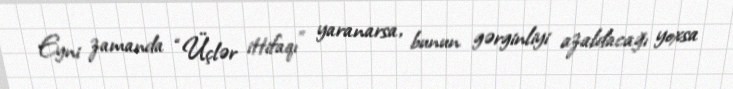
Eyni zamanda “Üçlər ittifaqı” yaranarsa, bunun gərginliyi azaldacağı yoxsa